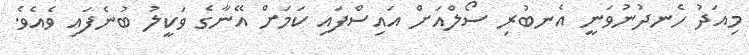
މިއަދު ހެނދުނުވަނީ އެނބުރި ސޯލްއަށް އައިސްފައި ކަމަށް އޭނާގެ ވަކީލު ބުނެފައި ވެއެވެ.